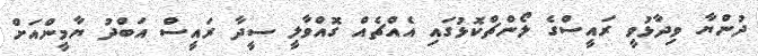
ދުންޔާ ވިދާޅުވީ ރައީސްގެ ލޯންޗްކޮޅުގައި އެއްޗެއް ގޮއްވާލީ ސީދާ ރައީސް އަބްދު ޔާމީންއަށް